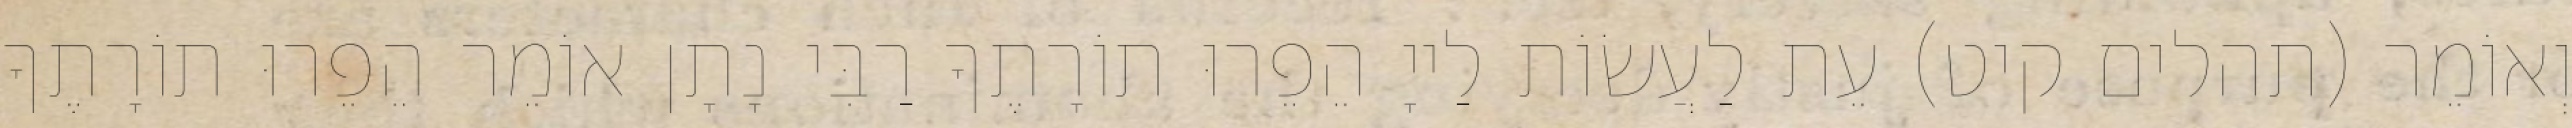
וְאוֹמֵר (תהלים קיט) עֵת לַעֲשׂוֹת לַייָ הֵפֵרוּ תוֹרָתֶךָ רַבִּי נָתָן אוֹמֵר הֵפֵרוּ תוֹרָתֶךָ